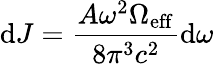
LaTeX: \mathrm{d}J=\frac{A\omega^{2}\Omega_{\mathrm{eff}}}{8\pi^{3}c^{2}}\mathrm{d}\omega